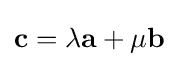
\mathbf {c} =\lambda \mathbf {a} +\mu \mathbf {b}